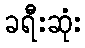
ခရီးဆုံး